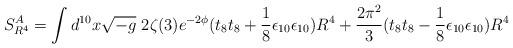
LaTeX: \begin{align*}S^{A}_{R^4}= \int d^{10}x\sqrt{-g}~2\zeta(3) e^{-2\phi}(t_8t_8 + \frac{1}{8} \epsilon_{10}\epsilon_{10}) R^4+\frac{2\pi^2}{3} (t_8t_8 - \frac{1}{8} \epsilon_{10}\epsilon_{10}) R^4\end{align*}